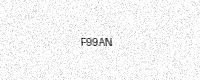
Text: F99AN